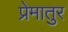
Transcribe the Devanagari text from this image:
प्रेमातुर